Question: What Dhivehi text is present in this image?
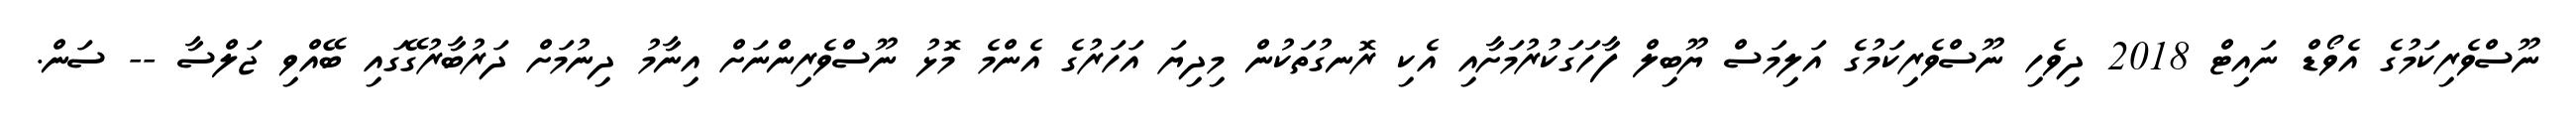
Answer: ނޫސްވެރިކަމުގެ އެވޯޑް ނައިޓް 2018 ދިވެހި ނޫސްވެރިކަމުގެ އަލިމަސް ޔޫބިލް ފާހަގަކުރުމަށާއި އެކި ރޮނގުތަކުން މިދިޔަ އަހަރުގެ އެންމެ މޮޅު ނޫސްވެރިންނަށް އިނާމު ދިނުމަށް ދަރުބާރުގޭގައި ބޭއްވި ޖަލްސާ -- ސަން.